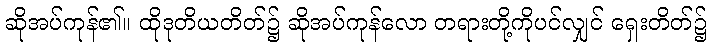
ဆိုအပ်ကုန်၏။ ထိုဒုတိယတိတ်၌ ဆိုအပ်ကုန်လော တရားတို့ကိုပင်လျှင် ရှေးတိတ်၌